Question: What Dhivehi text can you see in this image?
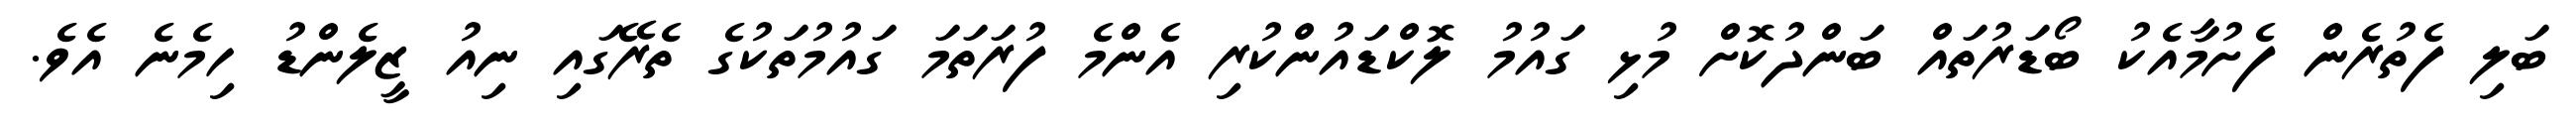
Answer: ބަލި ފެތުރެން ފެށުމާއެކު ބޯޑަރުތައް ބަންދުކޮށް މުޅި ގައުމު ލޮކްޑައުންކުރި އެންމެ ފުރަތަމަ ގައުމުތަކުގެ ތެރޭގައި ނިއު ޒީލެންޑު ހިމެނެ އެވެ.